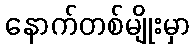
နောက်တစ်မျိုးမှာ